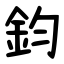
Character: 鈞